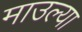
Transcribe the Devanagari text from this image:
माउल्या